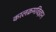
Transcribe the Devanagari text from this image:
कालक्रमविज्ञान